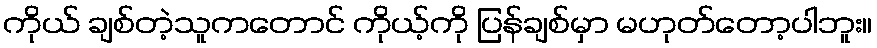
ကိုယ် ချစ်တဲ့သူကတောင် ကိုယ့်ကို ပြန်ချစ်မှာ မဟုတ်တော့ပါဘူး။